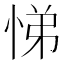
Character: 悌